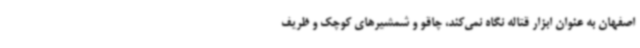
اصفهان به عنوان ابزار قتاله نگاه نمی‌کند، چاقو و شمشیرهای کوچک و ظریف